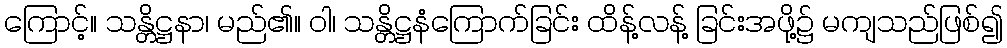
ကြောင့်။ သန္တိဋ္ဌနာ၊ မည်၏။ ဝါ၊ သန္တိဋ္ဌနံကြောက်ခြင်း ထိန့်လန့် ခြင်းအဖို့၌ မကျသည်ဖြစ်၍